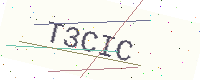
Text: T3CIC